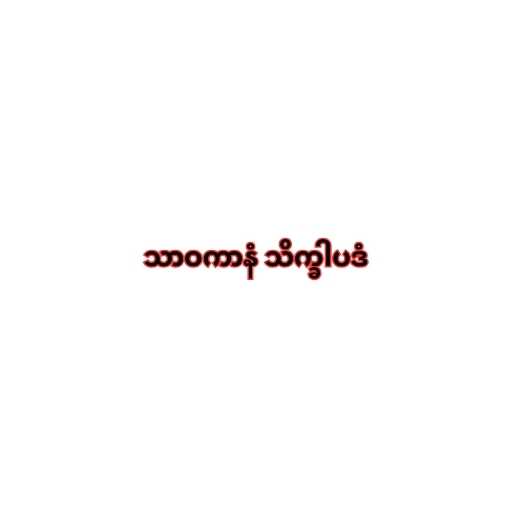
သာဝကာနံ သိက္ခါပဒံ